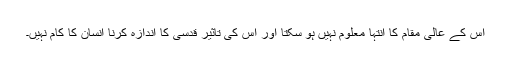
اس کے عالی مقام کا انتہا معلوم نہیں ہو سکتا اور اس کی تاثیر قدسی کا اندازہ کرنا انسان کا کام نہیں۔